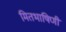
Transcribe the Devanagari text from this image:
मितभाषिणी